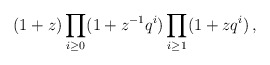
\begin{align*} (1+z)\prod_{i\geq0}(1+z^{-1}q^i)\prod_{i\geq1}(1+zq^i) \,,\end{align*}